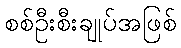
စစ်ဦးစီးချုပ်အဖြစ်